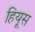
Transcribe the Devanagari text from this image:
हियूस